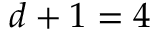
d + 1 = 4